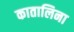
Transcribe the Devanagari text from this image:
कातालिना